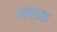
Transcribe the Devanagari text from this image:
फ्रलश